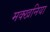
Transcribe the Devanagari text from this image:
मक्खनिया